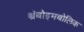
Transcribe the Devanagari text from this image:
थ्रंबोइमबोलिक